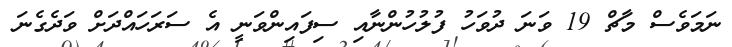
ނަމަވެސް މާޗް 19 ވަނަ ދުވަހު ފުލުހުންނާއި ސިފައިންވަނީ އެ ސަރަހައްދަށް ވަދެގެނަ